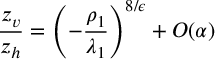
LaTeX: \frac { z _ { v } } { z _ { h } } = \left( - \frac { \rho _ { 1 } } { \lambda _ { 1 } } \right) ^ { 8 / \epsilon } + { \cal O } ( \alpha )